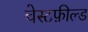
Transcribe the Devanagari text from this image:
चेस्टफ़ील्ड